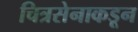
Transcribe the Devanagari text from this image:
चित्रसेनाकडून